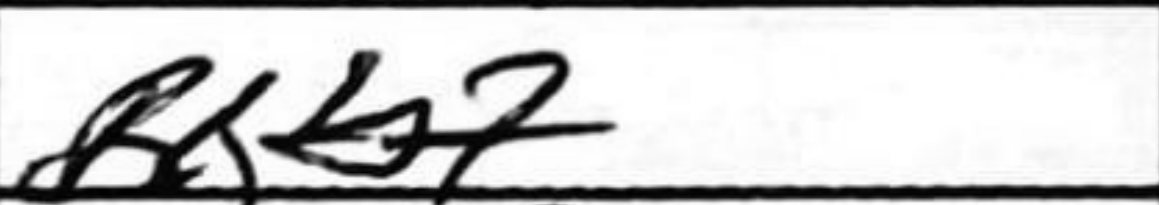
Transcription: Rxb7